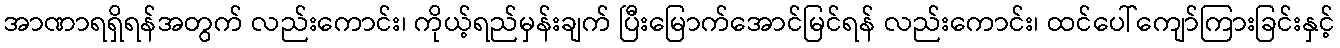
အာဏာရရှိရန်အတွက် လည်းကောင်း၊ ကိုယ့်ရည်မှန်းချက် ပြီးမြောက်အောင်မြင်ရန် လည်းကောင်း၊ ထင်ပေါ်ကျော်ကြားခြင်းနှင့်